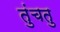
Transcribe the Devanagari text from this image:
तुंचतु